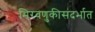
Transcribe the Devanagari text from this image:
मिरवणुकीसंदर्भात